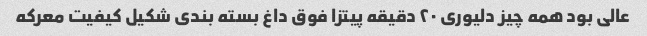
عالی بود همه چیز دلیوری ۲۰ دقیقه پیتزا فوق داغ بسته بندی شکیل کیفیت معرکه